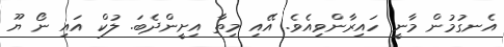
އެނގުމުން މާނީ ހައިރާންވިއެވެ. އޭއި މިތާ އިށީންދެބަ. ލުކް އައި ނޯ ޔޫ